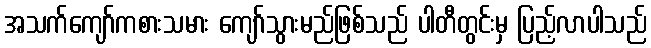
အသက်ကျော်ကစားသမား ကျော်သွားမည်ဖြစ်သည် ပါတီတွင်းမှ ပြည့်လာပါသည်